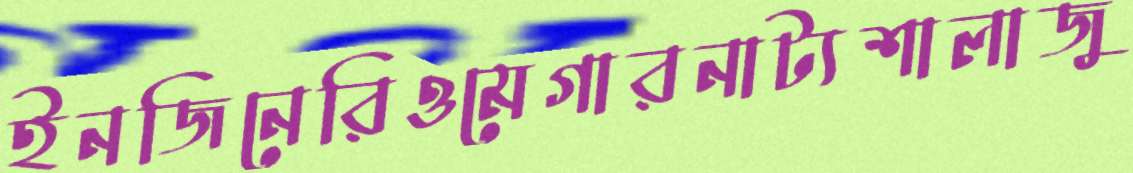
ইনজিনেরিওমেগারনাট্যশালাজু